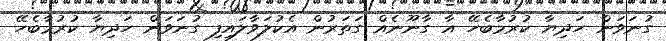
ގުނަވަން ހަދިޔާ ކުރުމާބެހޭ އާ ގާނޫނެއް ގަތަރުން އެކުލަވާލައިފި ގުނަވަން ހަދިޔާ ކުރުމާބެހޭ